Lui_Olesk, lk 31
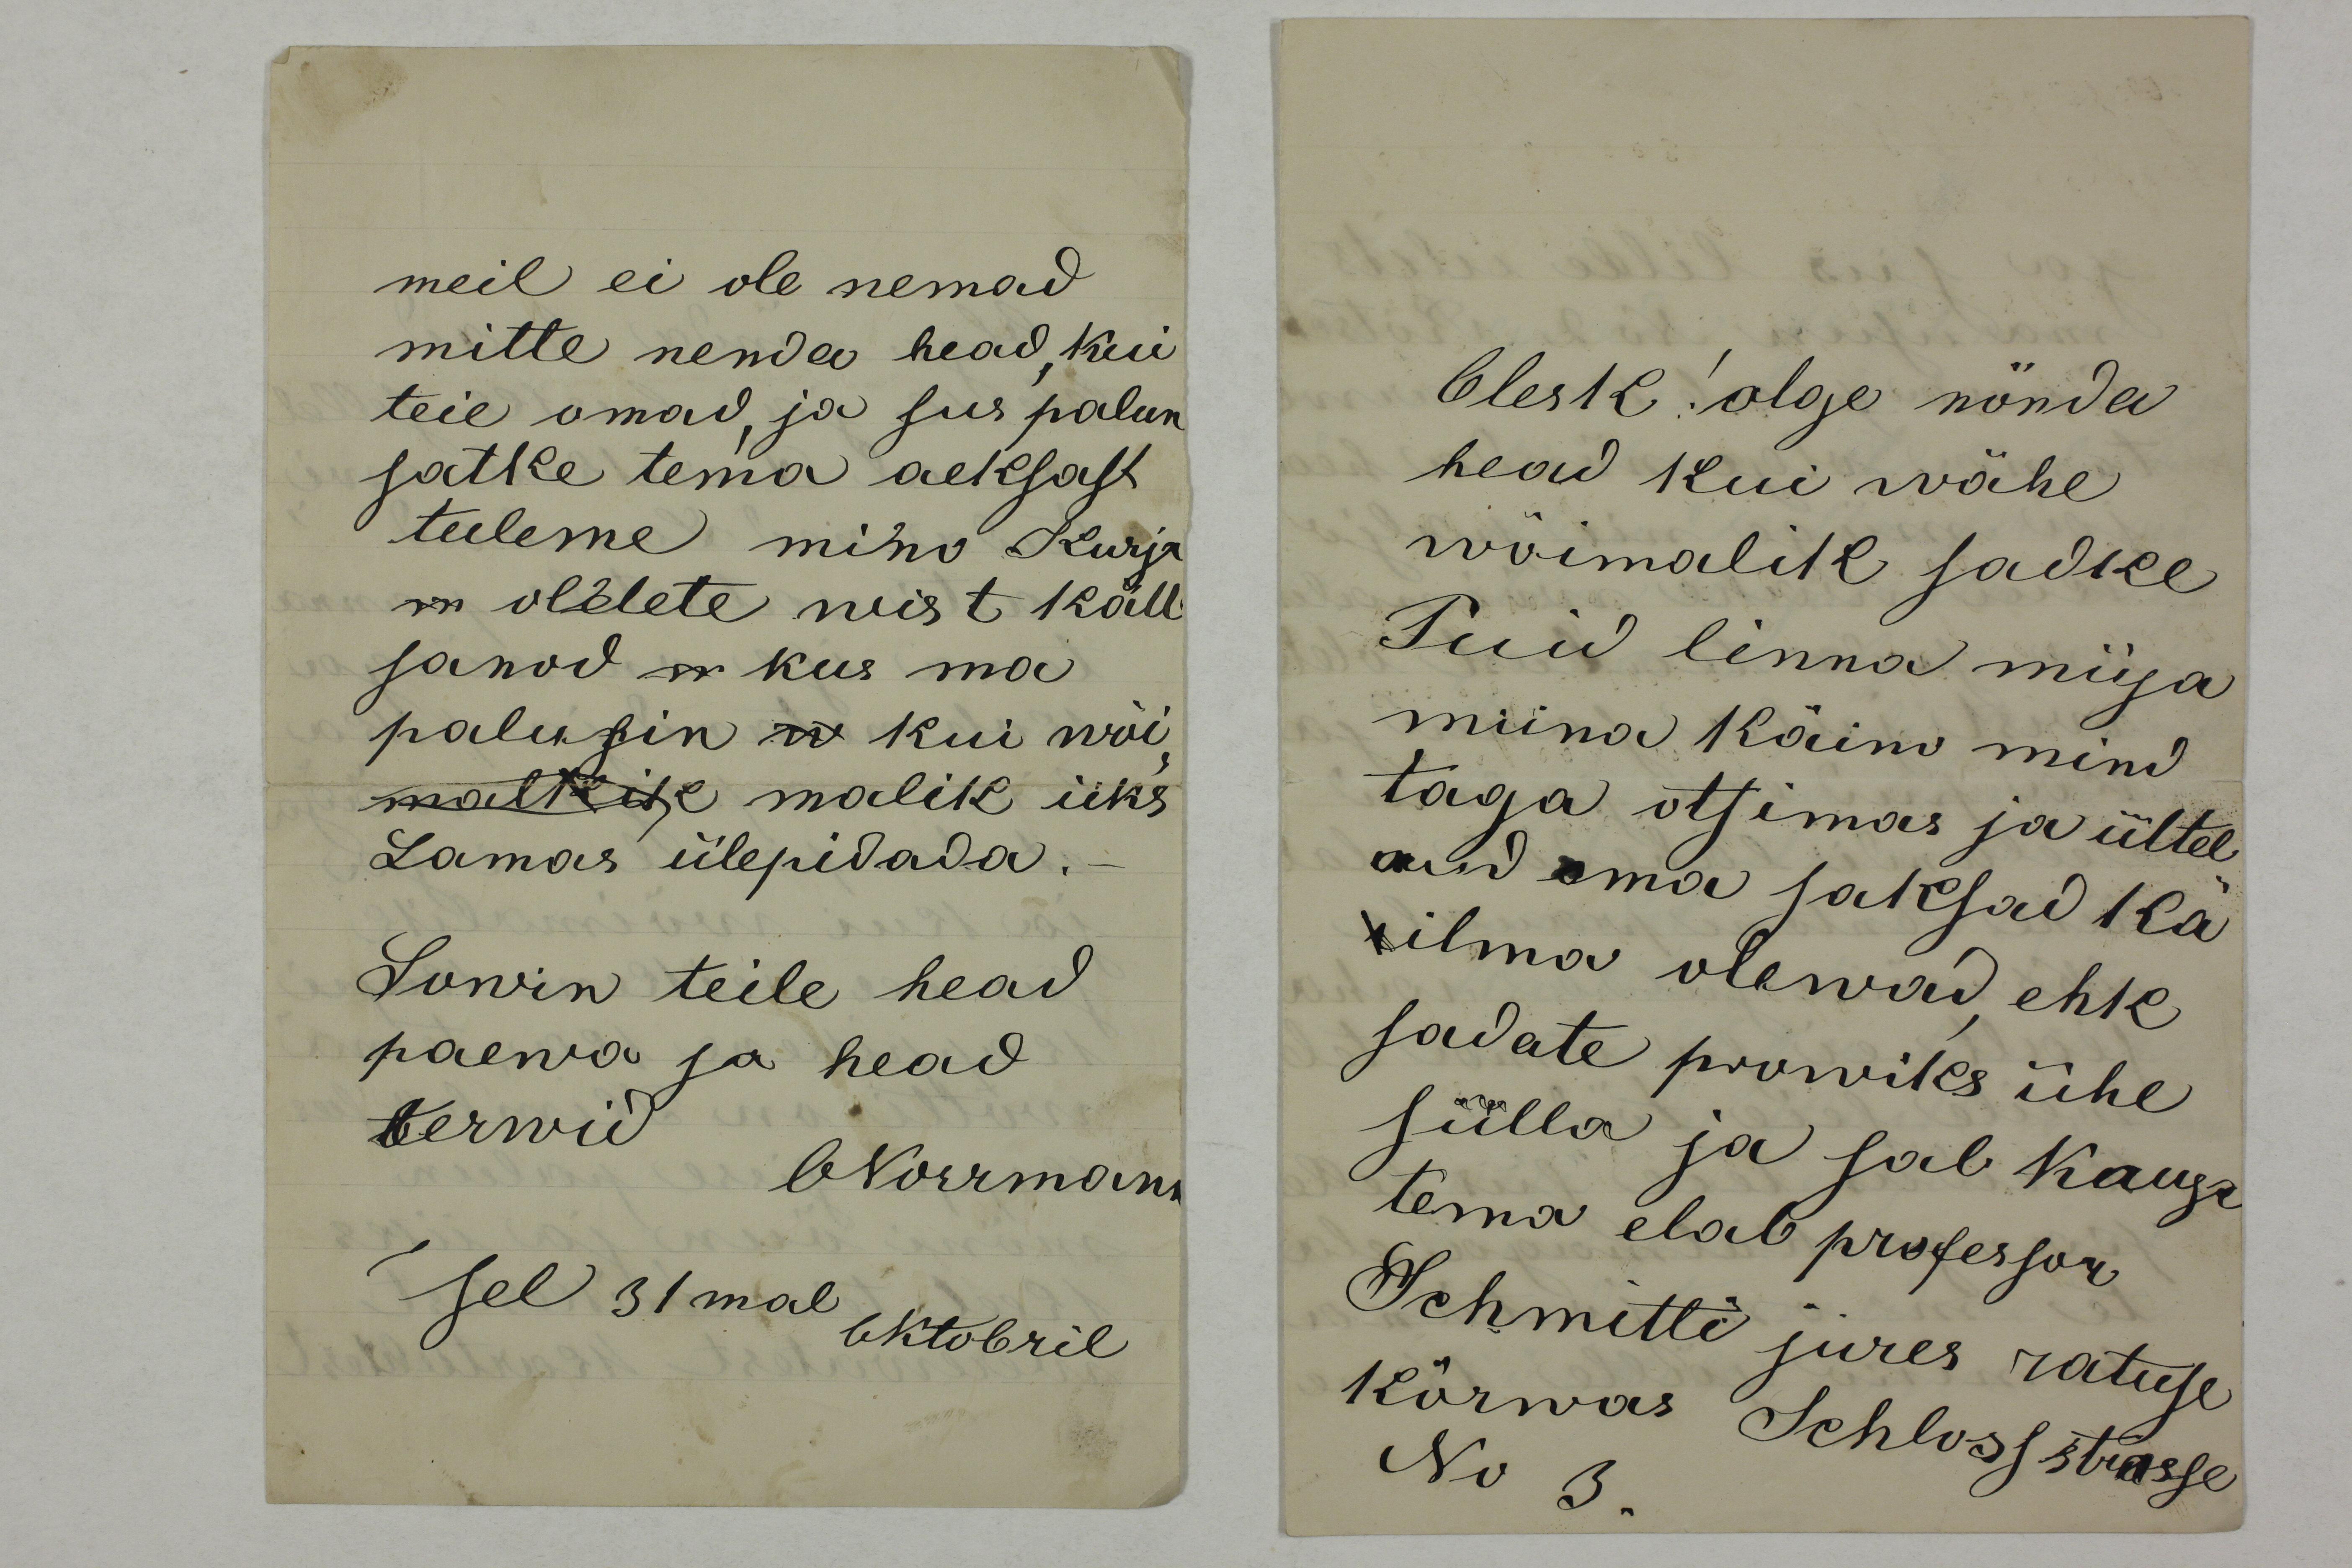
meil ei ole nemad
mitte nenda head, kui
teie omad, ja siis palun
satke tema aeksast
tuleme mino Kurja
on ollete wist käll
sanod n kus ma
palusin w kui wõi-
malkik malik üks
Lamas ülepidada.
Sowin teile head
paewa ja head 
terwid
ONorrmann
sel 31mal 
Oktobril

Olesk! olge nönda 
head kui wähe
wõimalik sadke 
Puid linna müja
miina Käino mind
taga otsimas ja üttel-
nud oma saksad ka
ilma olewad, ehk
sadate prowiks ühe
sülla ja sab Kaupa
tema elab professor
Schmitti jures ratuse
kõrwas Schlossstrasse
No 3.